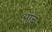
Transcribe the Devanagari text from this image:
ऑर्ब